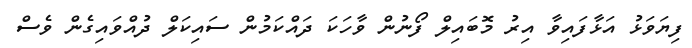
ފިޔަވަޅު އަޅާފައިވާ އިރު މޮބައިލް ފޯނުން ވާހަކަ ދައްކަމުން ސައިކަލް ދުއްވައިގެން ވެސް